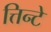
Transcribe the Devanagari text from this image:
त्तिन्टे